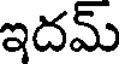
ఇదమ్